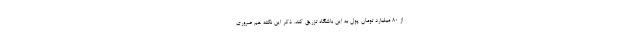
از ۸۰ میلیارد تومان پول به این باشگاه تزریق کند. ذکر این نکته هم ضروری